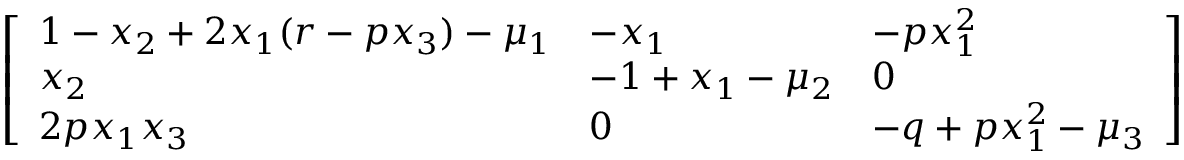
\left[ \begin{array} { l l l } { 1 - { x } _ { 2 } + 2 { x } _ { 1 } ( r - p { x } _ { 3 } ) - { \mu } _ { 1 } } & { - { x } _ { 1 } } & { - p { x } _ { 1 } ^ { 2 } } \\ { { x } _ { 2 } } & { - 1 + { x } _ { 1 } - { \mu } _ { 2 } } & { 0 } \\ { 2 p { x } _ { 1 } x _ { 3 } } & { 0 } & { - q + p { x } _ { 1 } ^ { 2 } - { \mu } _ { 3 } } \end{array} \right]